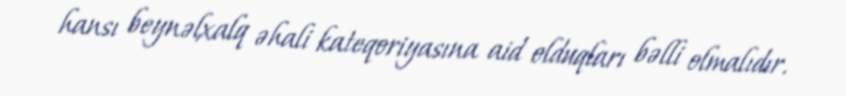
hansı beynəlxalq əhali kateqoriyasına aid olduqları bəlli olmalıdır.